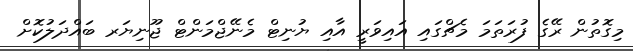
މިގޮތުން ރޭގެ ފުރަތަމަ މެޗްގައި އައިވަރީ އާއި ޔުނިޓް މެނޭޖްމަންޓް ޖޫނިޔަރ ބައްދަލުކޮށް